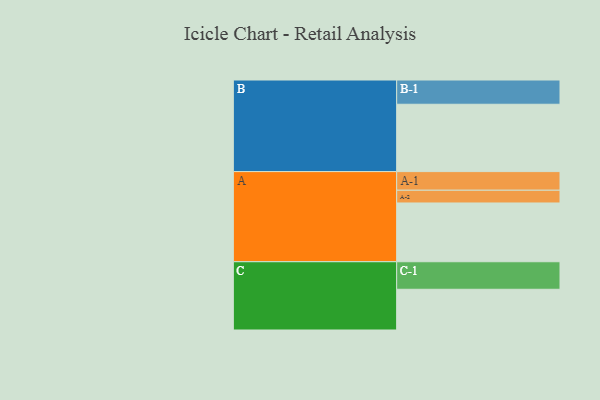
{"axis": {"x": "Segment", "y": "Value"}, "legend": ["", "A", "B", "C"], "data": [{"x": "A", "y": 521, "type": ""}, {"x": "B", "y": 597, "type": ""}, {"x": "C", "y": 361, "type": ""}, {"x": "A-1", "y": 165, "type": "A"}, {"x": "A-2", "y": 113, "type": "A"}, {"x": "B-1", "y": 215, "type": "B"}, {"x": "C-1", "y": 244, "type": "C"}]}